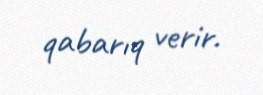
qabarıq verir.